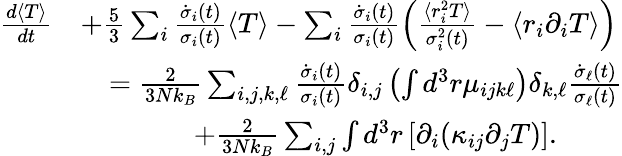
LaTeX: \begin{array}{rl}{\frac{d\langle T\rangle}{dt}}&{+\frac{5}{3}\sum_{i}\frac{\dot{\sigma}_{i}(t)}{\sigma_{i}(t)}\langle T\rangle-\sum_{i}\frac{\dot{\sigma}_{i}(t)}{\sigma_{i}(t)}\left(\frac{\langle r_{i}^{2}T\rangle}{\sigma_{i}^{2}(t)}-\langle r_{i}\partial_{i}T\rangle\right)}\\ &{\quad=\frac{2}{3Nk_{B}}\sum_{i,j,k,\ell}\frac{\dot{\sigma}_{i}(t)}{\sigma_{i}(t)}\delta_{i,j}\left(\int d^{3}r\mu_{ijk\ell}\right)\delta_{k,\ell}\frac{\dot{\sigma}_{\ell}(t)}{\sigma_{\ell}(t)}}\\ &{\quad\quad\quad\quad+\frac{2}{3Nk_{B}}\sum_{i,j}\int d^{3}r\left[\partial_{i}(\kappa_{ij}\partial_{j}T)\right].}\end{array}